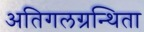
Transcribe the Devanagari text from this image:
अतिगलग्रन्थिता